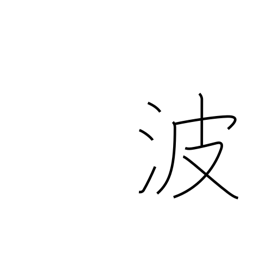
Meaning: Poland